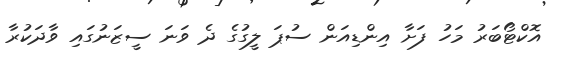
އޮކްޓޯބަރު މަހު ފަށާ އިންޑިއަން ސުޕަ ލީގުގެ ދެ ވަނަ ސީޒަނުގައި ވާދަކުރާ